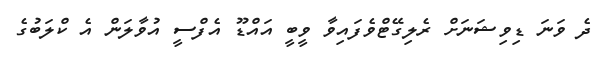
ދެ ވަނަ ޑިވިޝަނަށް ރެލިގޭޓްވެފައިވާ ވީބީ އައްޑޫ އެފްސީ އުވާލަން އެ ކްލަބުގެ